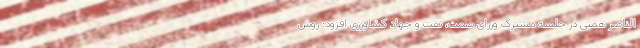
الناصر همتی در جلسه مشترک وزرای صمت، نفت و جهاد کشاورزی افزود: روش